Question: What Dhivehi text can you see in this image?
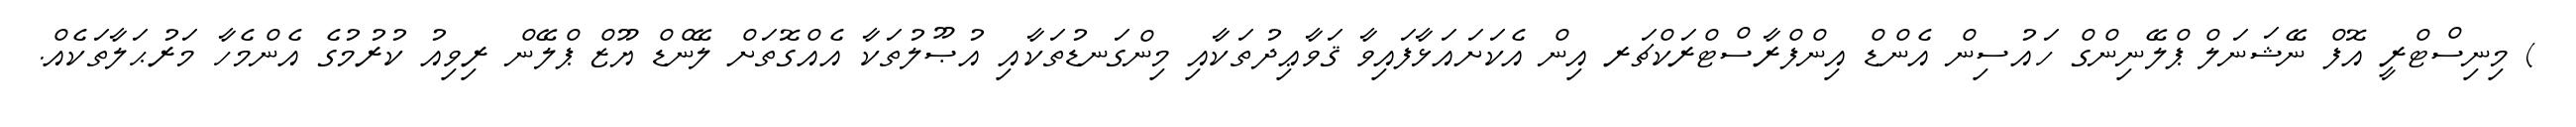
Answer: ) މިނިސްޓްރީ އޮފް ނޭޝަނަލް ޕްލޭނިންގް ހައުސިން އެންޑް އިންފްރާސްޓްރަކްޗަރ އިން އެކަށައަޅާފައިވާ ޤަވާޢިދުތަކާއި މިންގަނޑުތަކާއި އުޞޫލުތަކާ އެއްގޮތަށް ލޭންޑް ޔޫޒް ޕްލޭން ރިވިއު ކުރުމުގެ އެންމެހާ މަރުޙަލާތަކެއް.